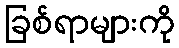
ခြစ်ရာများကို